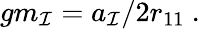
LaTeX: gm_{\cal I}=a_{\cal I}/2r_{11}\ .